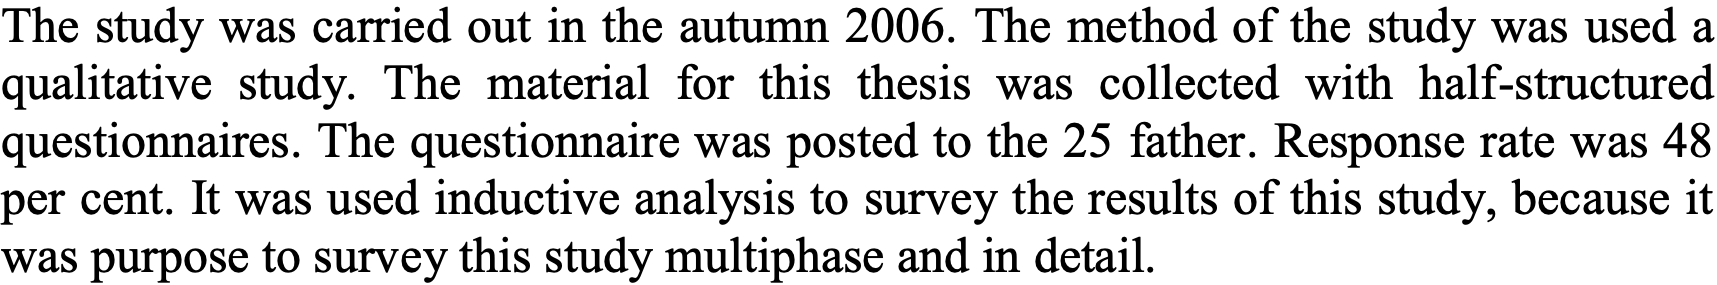
The study was carried out in the autumn 2006. The method of the study was used a qualitative study. The material for this thesis was collected with half-structured questionnaires. The questionnaire was posted to the 25 father. Response rate was 48 per cent. It was used inductive analysis to survey the results of this study, because it was purpose to survey this study multiphase and in detail.